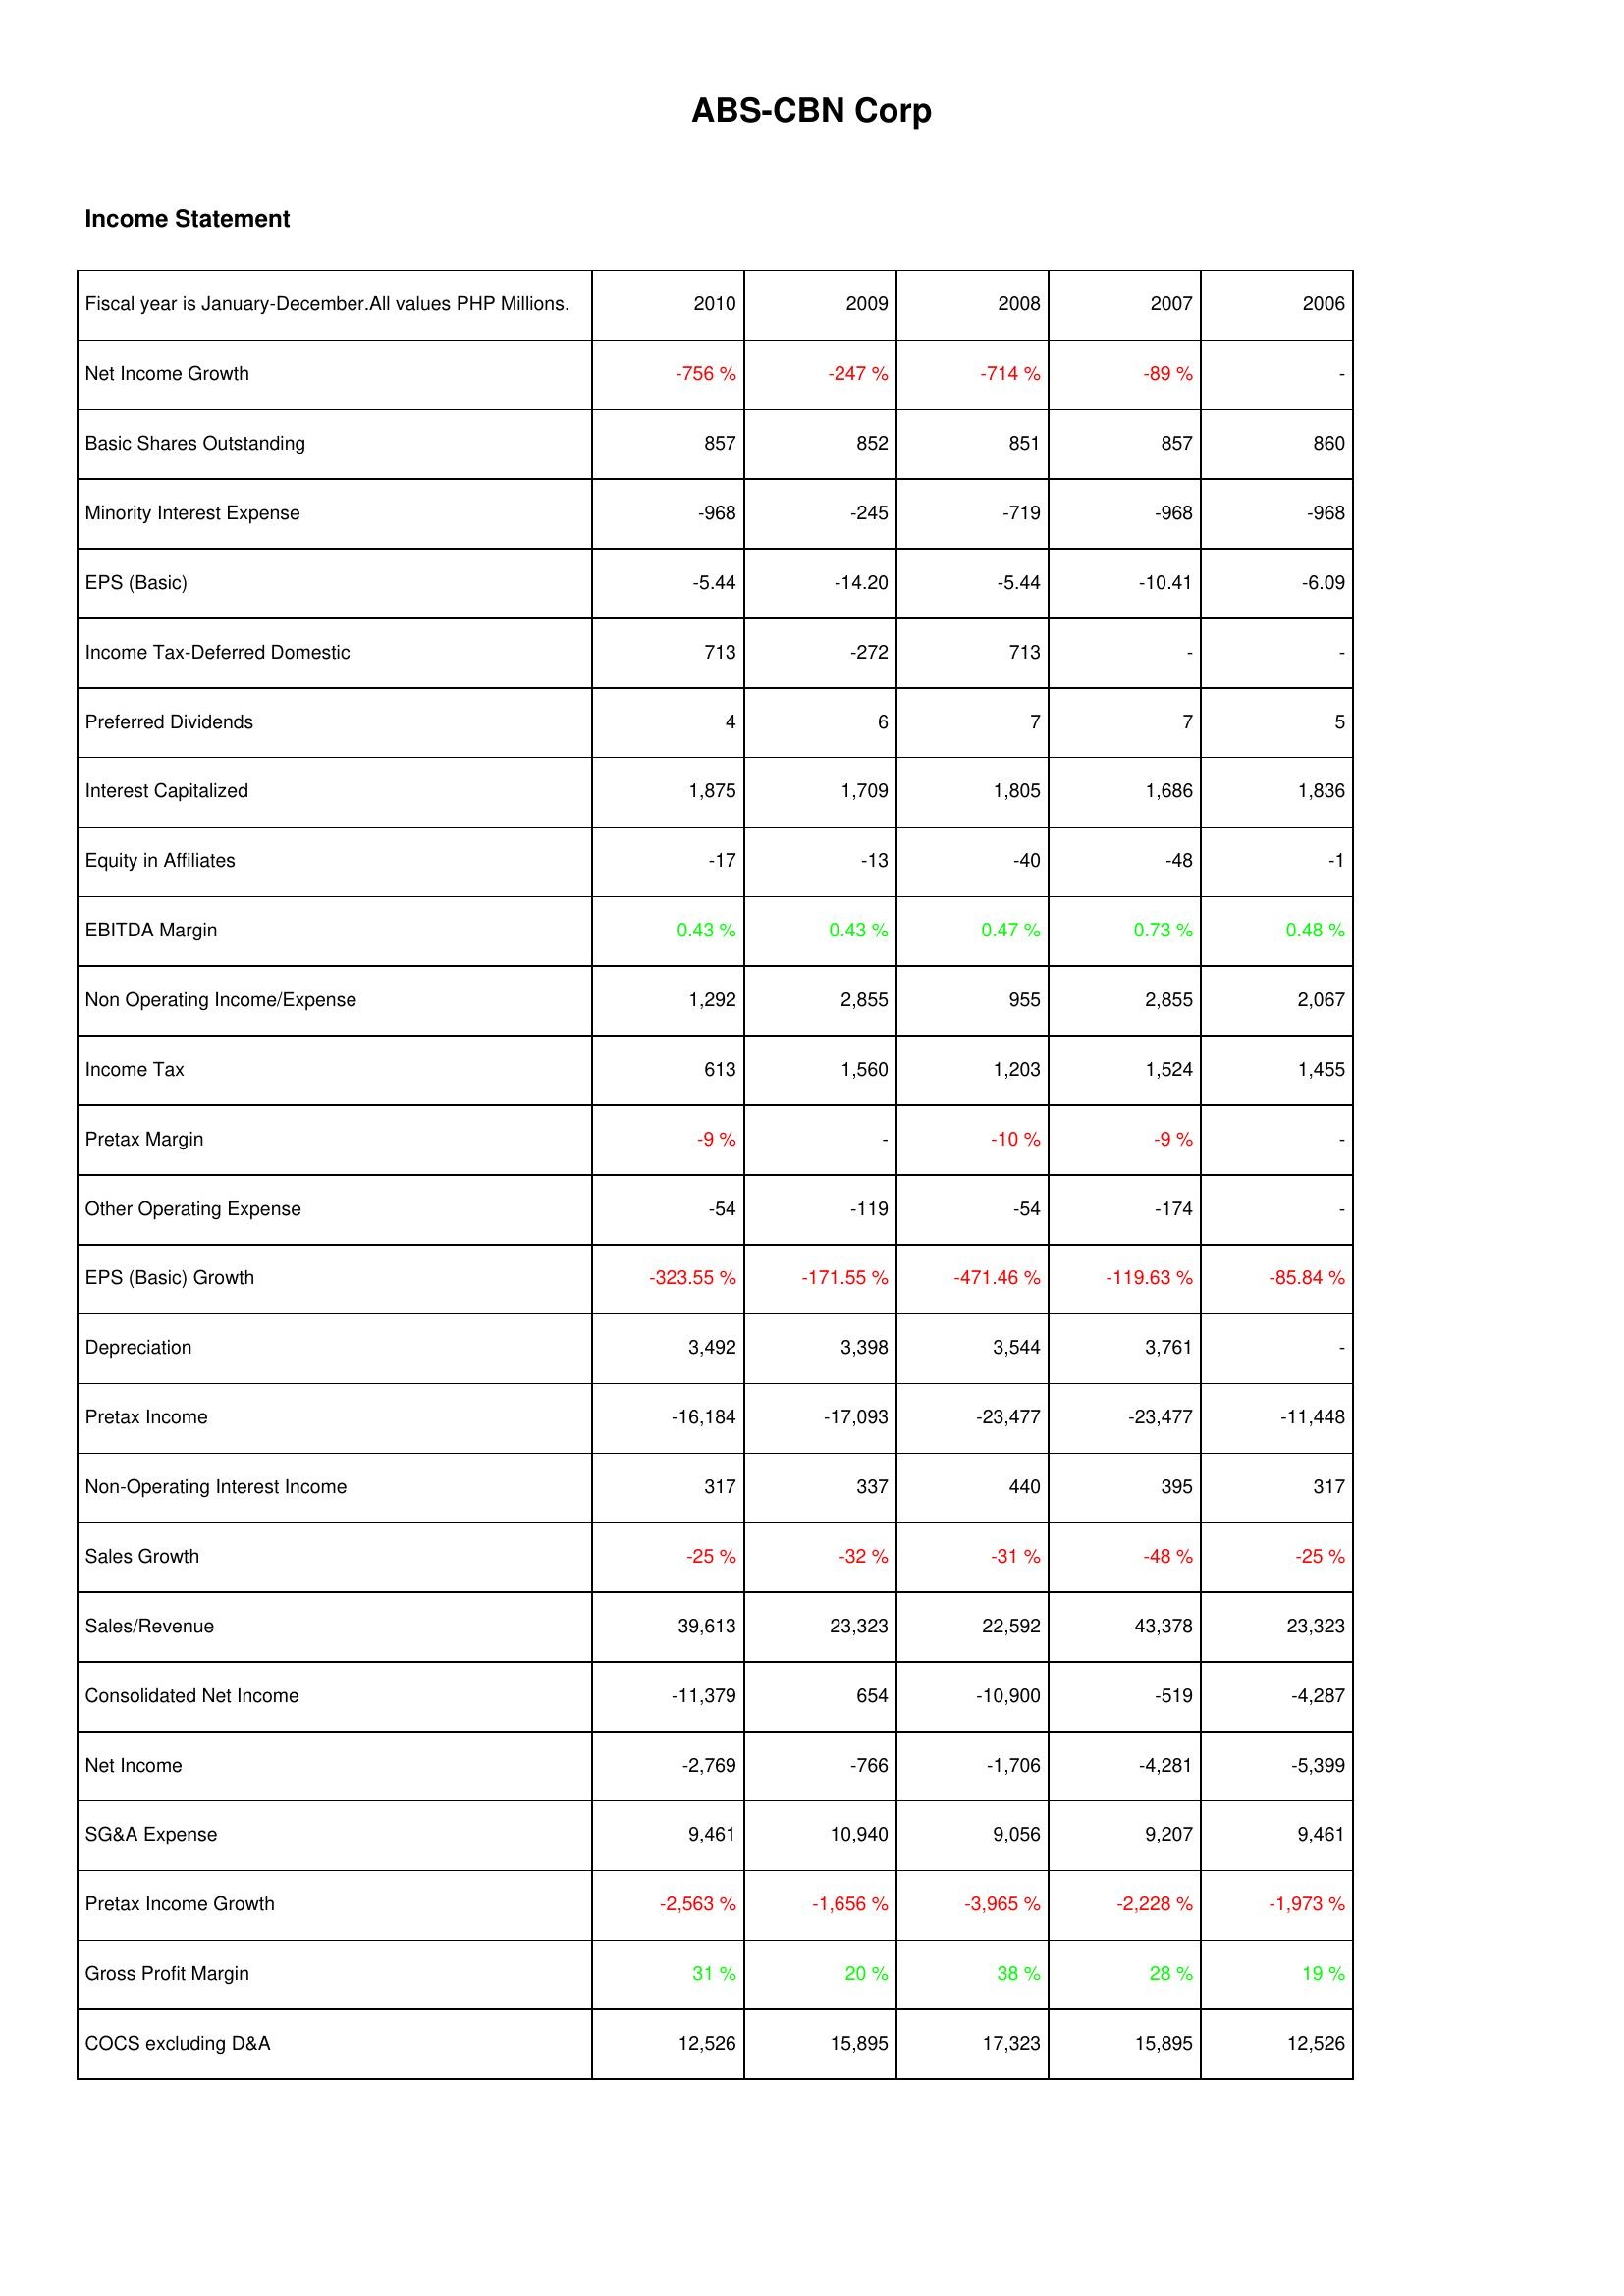
2010: Income Statement: Net Income Growth: -756 %
Basic Shares Outstanding: 857
Minority Interest Expense: -968
EPS (Basic): -5.44
Income Tax-Deferred Domestic: 713
Preferred Dividends: 4
Interest Capitalized: 1,875
Equity in Affiliates: -17
EBITDA Margin: 0.43 %
Non Operating Income/Expense: 1,292
Income Tax: 613
Pretax Margin: -9 %
Other Operating Expense: -54
EPS (Basic) Growth: -323.55 %
Depreciation: 3,492
Pretax Income: -16,184
Non-Operating Interest Income: 317
Sales Growth: -25 %
Sales/Revenue: 39,613
Consolidated Net Income: -11,379
Net Income: -2,769
SG&A Expense: 9,461
Pretax Income Growth: -2,563 %
Gross Profit Margin: 31 %
COCS excluding D&A: 12,526
2009: Income Statement: Net Income Growth: -247 %
Basic Shares Outstanding: 852
Minority Interest Expense: -245
EPS (Basic): -14.20
Income Tax-Deferred Domestic: -272
Preferred Dividends: 6
Interest Capitalized: 1,709
Equity in Affiliates: -13
EBITDA Margin: 0.43 %
Non Operating Income/Expense: 2,855
Income Tax: 1,560
Pretax Margin: -
Other Operating Expense: -119
EPS (Basic) Growth: -171.55 %
Depreciation: 3,398
Pretax Income: -17,093
Non-Operating Interest Income: 337
Sales Growth: -32 %
Sales/Revenue: 23,323
Consolidated Net Income: 654
Net Income: -766
SG&A Expense: 10,940
Pretax Income Growth: -1,656 %
Gross Profit Margin: 20 %
COCS excluding D&A: 15,895
2008: Income Statement: Net Income Growth: -714 %
Basic Shares Outstanding: 851
Minority Interest Expense: -719
EPS (Basic): -5.44
Income Tax-Deferred Domestic: 713
Preferred Dividends: 7
Interest Capitalized: 1,805
Equity in Affiliates: -40
EBITDA Margin: 0.47 %
Non Operating Income/Expense: 955
Income Tax: 1,203
Pretax Margin: -10 %
Other Operating Expense: -54
EPS (Basic) Growth: -471.46 %
Depreciation: 3,544
Pretax Income: -23,477
Non-Operating Interest Income: 440
Sales Growth: -31 %
Sales/Revenue: 22,592
Consolidated Net Income: -10,900
Net Income: -1,706
SG&A Expense: 9,056
Pretax Income Growth: -3,965 %
Gross Profit Margin: 38 %
COCS excluding D&A: 17,323
2007: Income Statement: Net Income Growth: -89 %
Basic Shares Outstanding: 857
Minority Interest Expense: -968
EPS (Basic): -10.41
Income Tax-Deferred Domestic: -
Preferred Dividends: 7
Interest Capitalized: 1,686
Equity in Affiliates: -48
EBITDA Margin: 0.73 %
Non Operating Income/Expense: 2,855
Income Tax: 1,524
Pretax Margin: -9 %
Other Operating Expense: -174
EPS (Basic) Growth: -119.63 %
Depreciation: 3,761
Pretax Income: -23,477
Non-Operating Interest Income: 395
Sales Growth: -48 %
Sales/Revenue: 43,378
Consolidated Net Income: -519
Net Income: -4,281
SG&A Expense: 9,207
Pretax Income Growth: -2,228 %
Gross Profit Margin: 28 %
COCS excluding D&A: 15,895
2006: Income Statement: Net Income Growth: -
Basic Shares Outstanding: 860
Minority Interest Expense: -968
EPS (Basic): -6.09
Income Tax-Deferred Domestic: -
Preferred Dividends: 5
Interest Capitalized: 1,836
Equity in Affiliates: -1
EBITDA Margin: 0.48 %
Non Operating Income/Expense: 2,067
Income Tax: 1,455
Pretax Margin: -
Other Operating Expense: -
EPS (Basic) Growth: -85.84 %
Depreciation: -
Pretax Income: -11,448
Non-Operating Interest Income: 317
Sales Growth: -25 %
Sales/Revenue: 23,323
Consolidated Net Income: -4,287
Net Income: -5,399
SG&A Expense: 9,461
Pretax Income Growth: -1,973 %
Gross Profit Margin: 19 %
COCS excluding D&A: 12,526